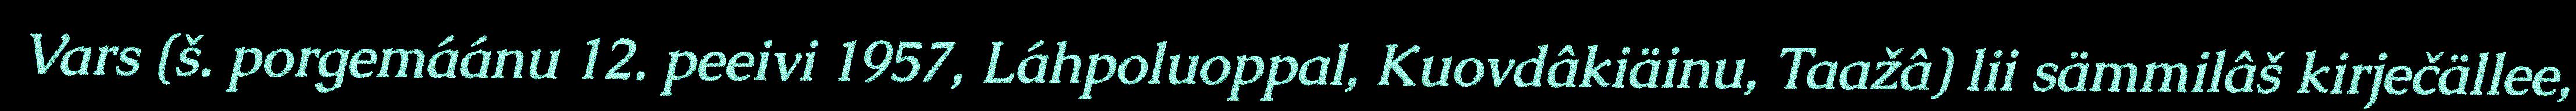
Vars (š. porgemáánu 12. peeivi 1957, Láhpoluoppal, Kuovdâkiäinu, Taažâ) lii sämmilâš kirječällee,